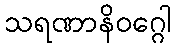
သရဏာနိဝဂ္ဂေါ